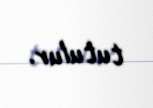
tutulur.